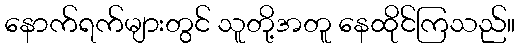
နောက်ရက်များတွင် သူတို့အတူ နေထိုင်ကြသည်။